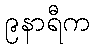
၉နာရီက